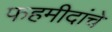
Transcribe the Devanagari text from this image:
फहमीदांचे